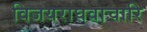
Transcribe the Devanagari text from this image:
विजयराघवाचारि